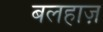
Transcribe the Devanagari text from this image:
बलहाज़